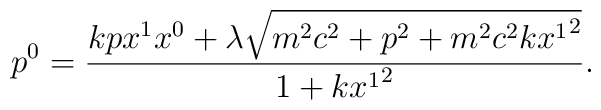
p^{0}=\frac{kpx^1x^{0}+\lambda\sqrt{m^{2}c^{2}+p^{2}+m^{2}c^{2}k{x^{1}}^2}}{1+k{x^{1}}^2} .